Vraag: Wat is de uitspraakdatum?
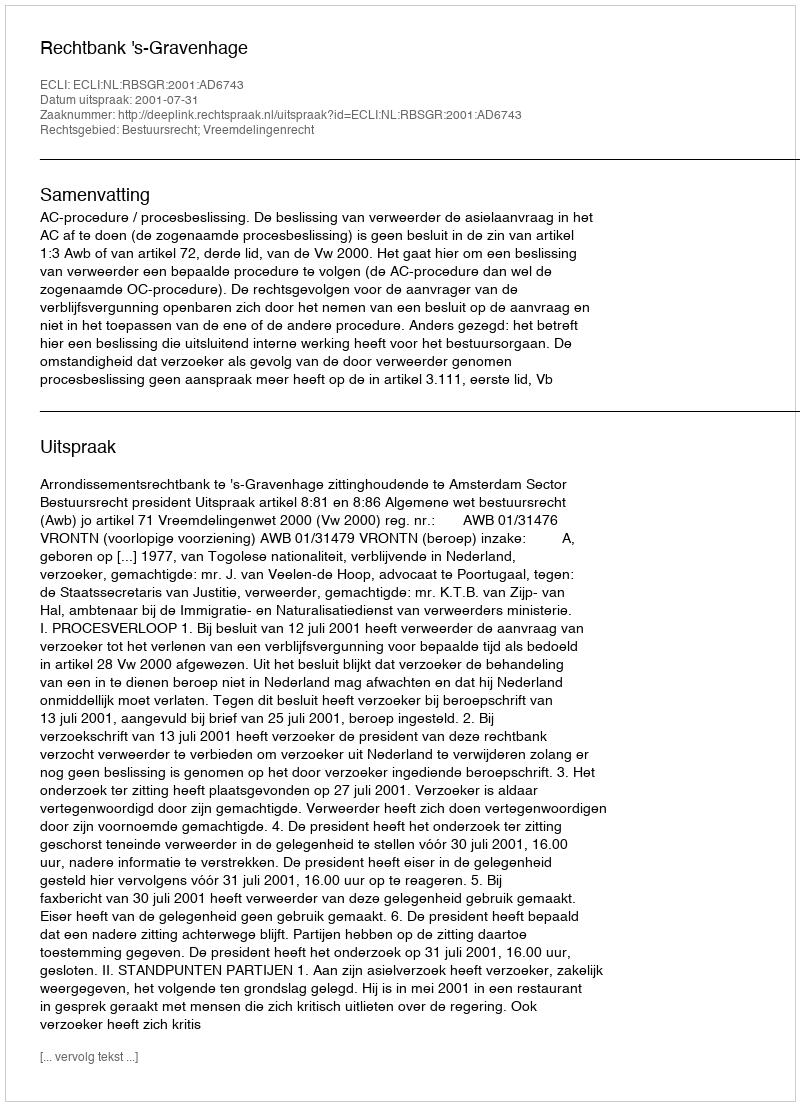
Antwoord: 2001-07-31